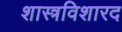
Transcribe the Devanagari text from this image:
शास्त्रविशारद